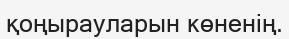
қоңырауларын көненің.